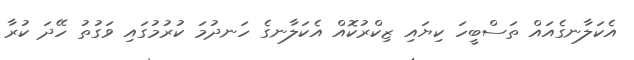
އެކަލާނގެއައް ތަސްބީހަ ކިޔައި ޒިކްރުކޮއް އެކަލާނގެ ހަނދުމަ ކުރުމުގައި ވަގުތު ހޭދަ ކުރާ